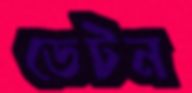
ডেটন